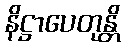
နိဋ္ဌာပေတုန္တိ